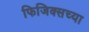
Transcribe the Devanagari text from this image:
फिजिक्सच्या